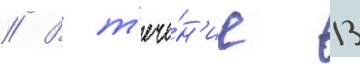
// В т'ече́н'ие 13